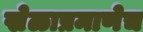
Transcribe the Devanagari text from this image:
खेळाप्रमाणेच